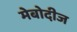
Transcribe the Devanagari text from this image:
मेबोदीज